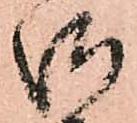
御